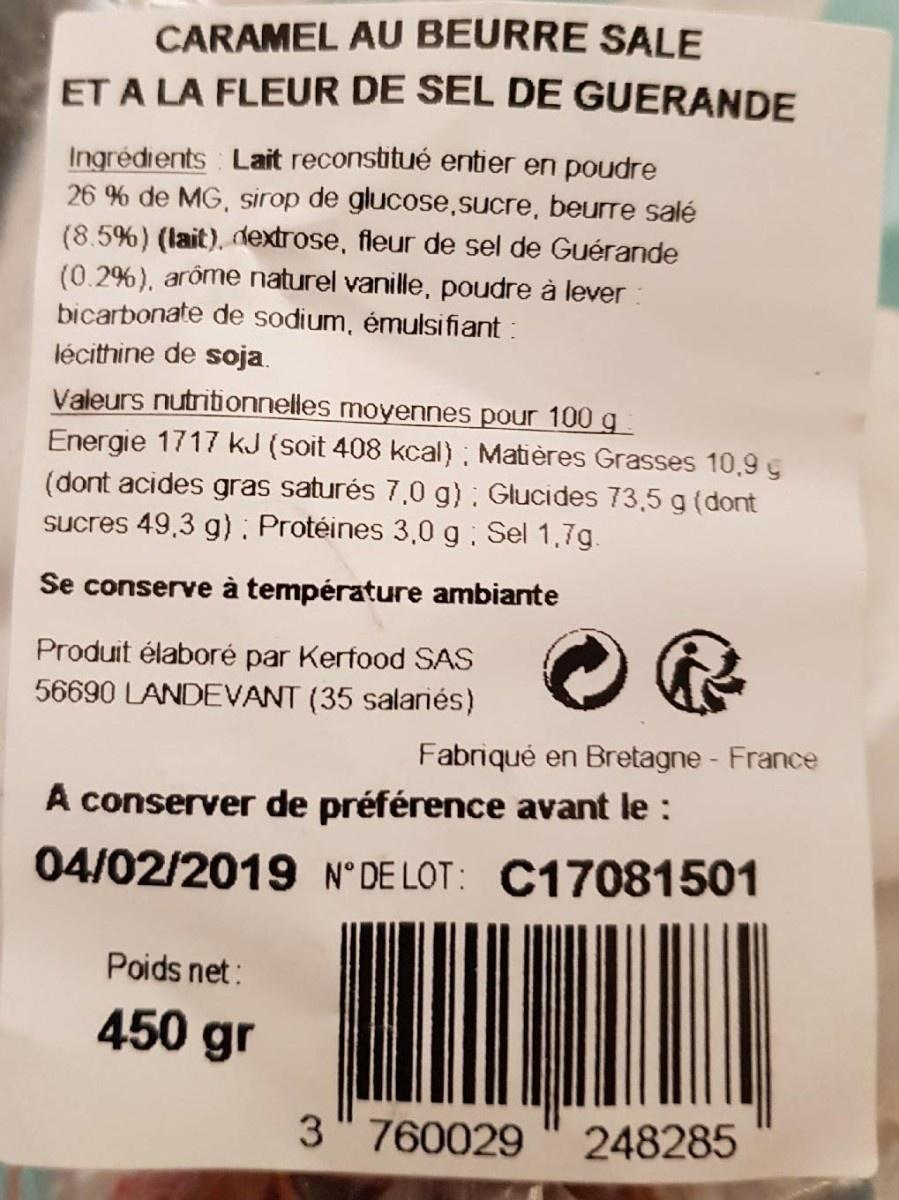
CARAMEL AU BEURRE SALE ET A LA FLEUR DE SEL DE GUERANDE
Ingrédients Lait reconstitué entier en poudre 26 % de MG, sirop de glucose,sucre, beurre salé (8.5%) (lait), dextrose, fleur de sel de Guérande (0.2%), arôme naturel vanille, poudre à lever : bicarbonate de sodium, émulsifiant:
lécithine de soja.
Valeurs nutritionnelles moyennes pour 100g Energie 1717 KJ (soit 408 kcal) Matières Grasses 10,9 g (dont acides gras saturés 7,0 g) Glucides 73,5 g (dont sucres 49,3 g): Protéines 3,0 g Sel 1,7g.
Se conserve à température ambiante
Produit élaboré par Kerfood SAS 56690 LANDEVANT (35 salariés)
Fabriqué en Bretagne - France
A conserver de préférence avant le :
04/02/2019 N° DE LOT: C17081501
Poids net:
450 gr
3" 760029
248285